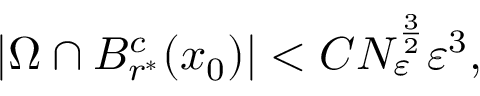
| \Omega \cap B _ { r ^ { \ast } } ^ { c } ( x _ { 0 } ) | < C N _ { \varepsilon } ^ { \frac { 3 } { 2 } } \varepsilon ^ { 3 } ,